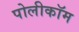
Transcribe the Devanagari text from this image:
पोलीकॉम